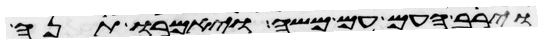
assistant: וירב העם עם משה ויאמר תנה